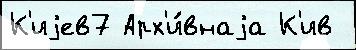
К'иjев7 Арх'и́внаjа К'ив